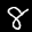
Label: 8